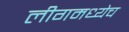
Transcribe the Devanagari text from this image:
लीगमध्येच